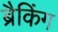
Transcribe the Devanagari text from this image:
ब्रैकिंग